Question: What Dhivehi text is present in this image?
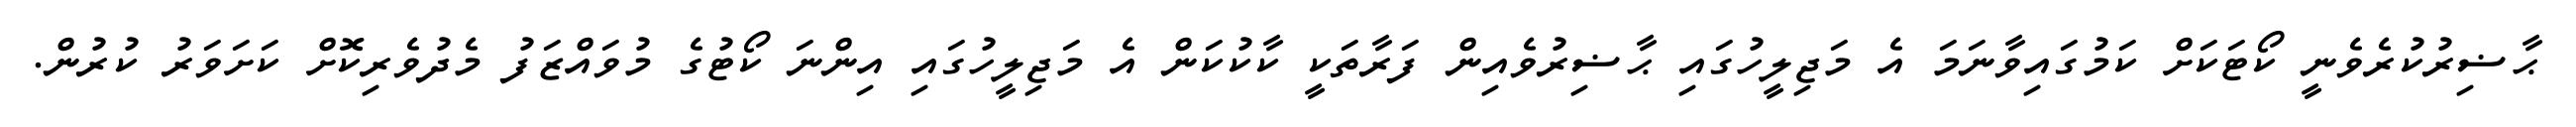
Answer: ޙާޟިރުކުރެވެނީ ކޯޓަކަށް ކަމުގައިވާނަމަ އެ މަޖިލީހުގައި ޙާޟިރުވެއިން ފަރާތަކީ ކާކުކަން އެ މަޖިލީހުގައި އިންނަ ކޯޓުގެ މުވައްޒަފު މެދުވެރިކޮށް ކަށަވަރު ކުރުން.